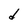
Character: d